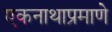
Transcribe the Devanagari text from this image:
एकनाथाप्रमाणे